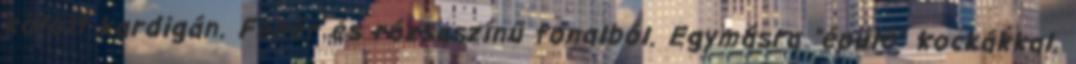
kötött kardigán. Fehér és rózsaszínű fonalból. Egymásra "épülő" kockákkal.